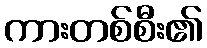
ကားတစ်စီး၏